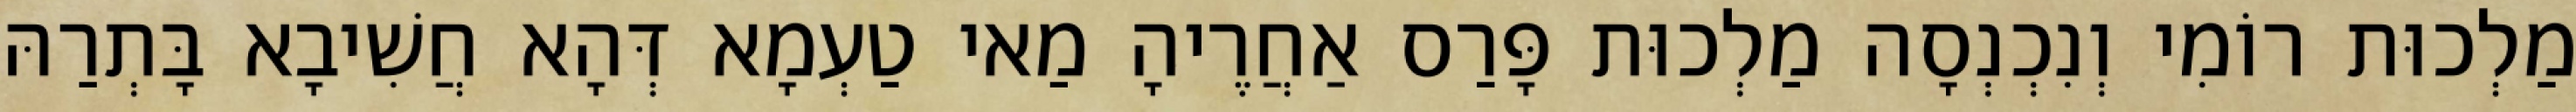
מַלְכוּת רוֹמִי וְנִכְנְסָה מַלְכוּת פָּרַס אַחֲרֶיהָ מַאי טַעְמָא דְּהָא חֲשִׁיבָא בָּתְרַהּ